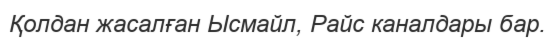
Қолдан жасалған Ысмайл, Райс каналдары бар.